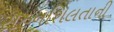
સહનશિલતાની